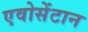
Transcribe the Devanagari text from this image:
एवोसेंटान